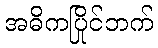
အဓိကပြိုင်ဘက်